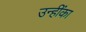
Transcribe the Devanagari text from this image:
उन्हींका